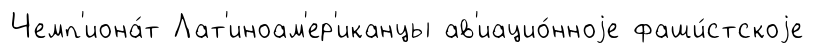
Чемп'иона́т Лат'иноам'ер'иканцы ав'иацио́нноjе фаши́стскоjе